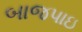
બાજપાઇ